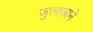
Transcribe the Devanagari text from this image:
जुलाबाने